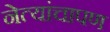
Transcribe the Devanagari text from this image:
नेत्यांचापण